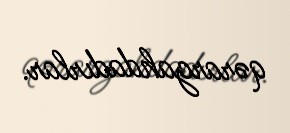
qərargahdadırlar.